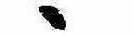
ゝ